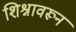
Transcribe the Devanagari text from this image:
शिश्नावरून